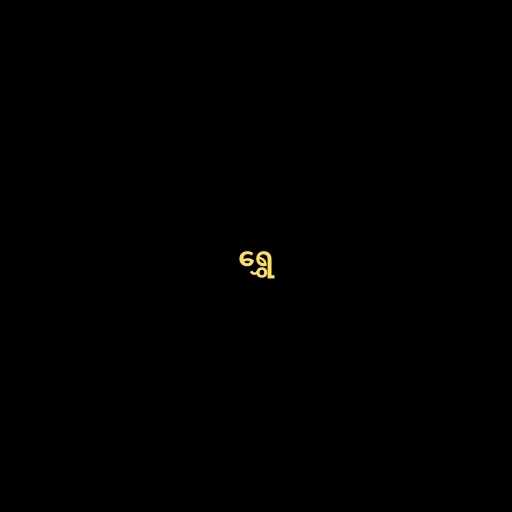
ရွှေ